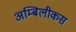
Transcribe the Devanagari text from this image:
अम्बिलीकस